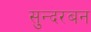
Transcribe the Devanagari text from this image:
सुन्दरबन